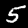
Label: 5